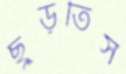
ছুঁড়তিস